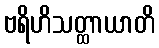
ဗရိဟိသတ္ထာယာတိ